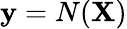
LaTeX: \mathbf{y}=N(\mathbf{X})